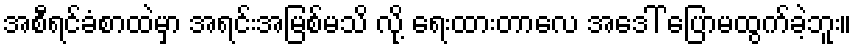
အစီရင်ခံစာထဲမှာ အရင်းအမြစ်မသိ လို့ ရေးထားတာလေ အဒေါ် ပြောမထွက်ခဲ့ဘူး။